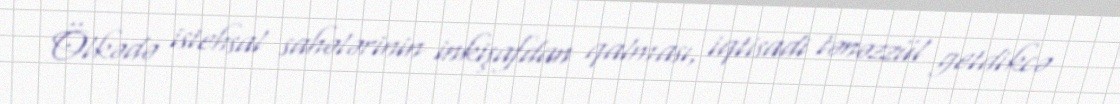
Ölkədə istehsal sahələrinin inkişafdan qalması, iqtisadi tənəzzül getdikcə